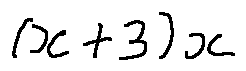
( x + 3 ) x